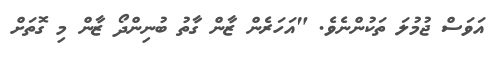
އަވަސް ޖުމުލަ ތަކުންނެވެ. "އަހަރެން ޒާން ގާތު ބުނިންދޯ ޒާން މި ގޮތަށް